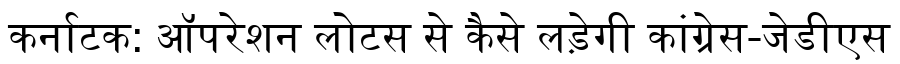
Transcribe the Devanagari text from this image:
कर्नाटक: ऑपरेशन लोटस से कैसे लड़ेगी कांग्रेस-जेडीएस